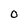
Character: O